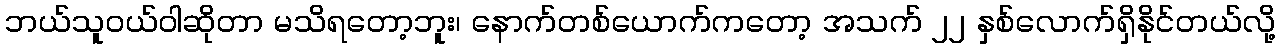
ဘယ်သူဝယ်ဝါဆိုတာ မသိရတော့ဘူး၊ နောက်တစ်ယောက်ကတော့ အသက် ၂၂ နှစ်လောက်ရှိနိုင်တယ်လို့